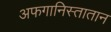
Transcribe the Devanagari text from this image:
अफगानिस्तातान